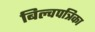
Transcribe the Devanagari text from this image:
बिल्वपत्रिका